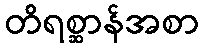
တိရစ္ဆာန်အစာ